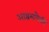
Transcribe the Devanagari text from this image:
आश्रमांपैकी